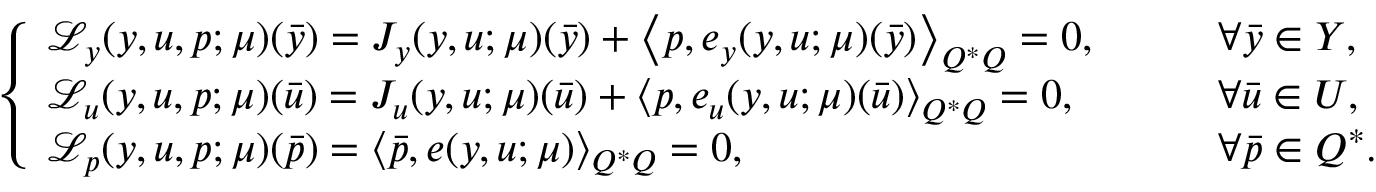
\begin{array} { r } { \left\{ \begin{array} { l l } { \mathcal { L } _ { y } ( y , u , p ; \boldsymbol { \mu } ) ( \bar { y } ) = J _ { y } ( y , u ; \boldsymbol { \mu } ) ( \bar { y } ) + \left\langle p , e _ { y } ( y , u ; \boldsymbol { \mu } ) ( \bar { y } ) \right\rangle _ { Q ^ { * } Q } = 0 , } & { \qquad \forall \bar { y } \in Y , } \\ { \mathcal { L } _ { u } ( y , u , p ; \boldsymbol { \mu } ) ( \bar { u } ) = J _ { u } ( y , u ; \boldsymbol { \mu } ) ( \bar { u } ) + \left\langle p , e _ { u } ( y , u ; \boldsymbol { \mu } ) ( \bar { u } ) \right\rangle _ { Q ^ { * } Q } = 0 , } & { \qquad \forall \bar { u } \in U , } \\ { \mathcal { L } _ { p } ( y , u , p ; \boldsymbol { \mu } ) ( \bar { p } ) = \langle \bar { p } , e ( y , u ; \boldsymbol { \mu } ) \rangle _ { Q ^ { * } Q } = 0 , } & { \qquad \forall \bar { p } \in Q ^ { * } . } \end{array} \right. } \end{array}